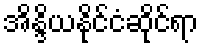
အိန္ဒိယနိုင်ငံဆိုင်ရာ